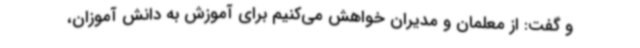
و گفت: از معلمان و مدیران خواهش می‌کنیم برای آموزش به دانش آموزان،